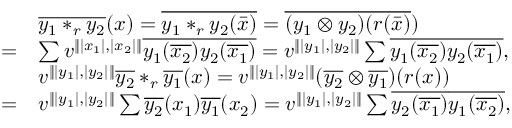
\begin{array} { r l } & { \overline { { y _ { 1 } * _ { r } y _ { 2 } } } ( x ) = \overline { { y _ { 1 } * _ { r } y _ { 2 } ( \bar { x } ) } } = \overline { { ( y _ { 1 } \otimes y _ { 2 } ) ( r ( \bar { x } ) } } ) } \\ { = } & { \sum v ^ { \Vert | x _ { 1 } | , | x _ { 2 } | \Vert } \overline { { y _ { 1 } ( \overline { { x _ { 2 } } } ) y _ { 2 } ( \overline { { x _ { 1 } } } ) } } = v ^ { \Vert | y _ { 1 } | , | y _ { 2 } | \Vert } \sum \overline { { y _ { 1 } ( \overline { { x _ { 2 } } } ) y _ { 2 } ( \overline { { x _ { 1 } } } ) } } , } \\ & { v ^ { \Vert | y _ { 1 } | , | y _ { 2 } | \Vert } \overline { { y _ { 2 } } } * _ { r } \overline { { y _ { 1 } } } ( x ) = v ^ { \Vert | y _ { 1 } | , | y _ { 2 } | \Vert } ( \overline { { y _ { 2 } } } \otimes \overline { { y _ { 1 } } } ) ( r ( x ) ) } \\ { = } & { v ^ { \Vert | y _ { 1 } | , | y _ { 2 } | \Vert } \sum \overline { { y _ { 2 } } } ( x _ { 1 } ) \overline { { y _ { 1 } } } ( x _ { 2 } ) = v ^ { \Vert | y _ { 1 } | , | y _ { 2 } | \Vert } \sum \overline { { y _ { 2 } ( \overline { { x _ { 1 } } } ) } } \overline { { y _ { 1 } ( \overline { { x _ { 2 } } } ) } } , } \end{array}